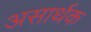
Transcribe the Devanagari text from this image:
असार्थक